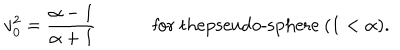
LaTeX: v _ { 0 } ^ { 2 } = { \frac { \alpha - 1 } { \alpha + 1 } } \qquad \quad \mathrm { f o r ~ t h e p s e u d o - s p h e r e ~ } ( 1 < \alpha ) .